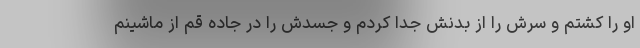
او را کشتم و سرش را از بدنش جدا کردم و جسدش را در جاده قم از ماشینم